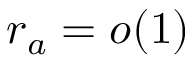
r _ { a } = o ( 1 )